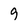
Character: 9